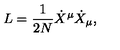
L = \frac { 1 } { 2 N } { \dot { X } } ^ { \mu } { \dot { X } } _ { \mu } ,